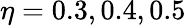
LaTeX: \eta=0.3,0.4,0.5